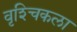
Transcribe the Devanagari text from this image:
वृश्‍चिकला